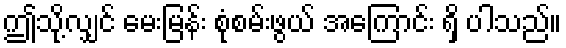
ဤသို့လျှင် မေးမြန်း စုံစမ်းဖွယ် အကြောင်း ရှိ ပါသည်။